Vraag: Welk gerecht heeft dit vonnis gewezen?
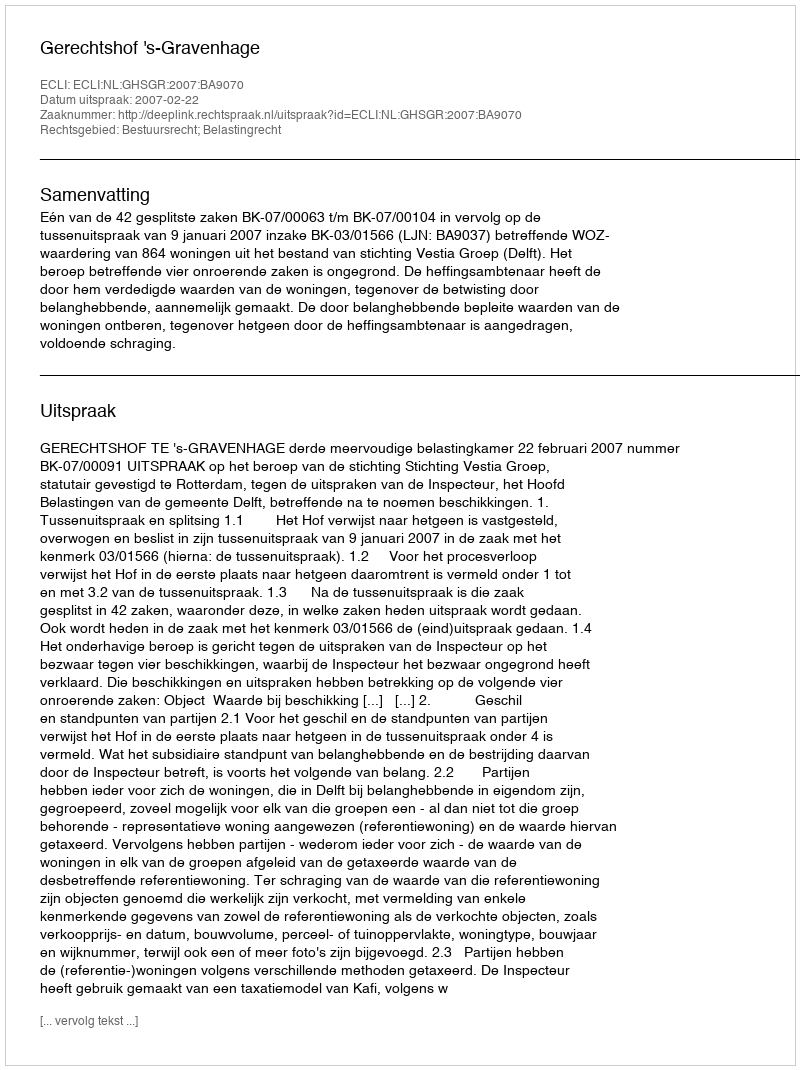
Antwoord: Gerechtshof 's-Gravenhage